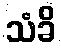
သံခိ